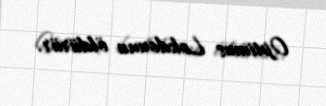
Optimus Lokdounu öldürür.